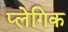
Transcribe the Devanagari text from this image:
प्लेगिक